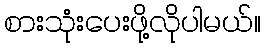
စားသုံးပေးဖို့လိုပါမယ်။